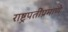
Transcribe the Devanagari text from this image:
राष्ट्रपतींप्रमाणे